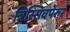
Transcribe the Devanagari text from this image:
त्रिस्सिवपेरुर